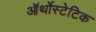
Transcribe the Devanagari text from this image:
ऑर्थोस्टेटिक